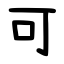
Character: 可